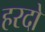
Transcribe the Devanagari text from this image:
हरदो